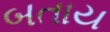
બતાય